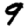
Digit: 9